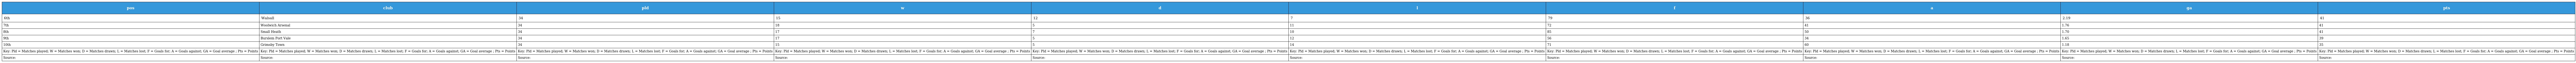
| pos | club | pld | w | d | l | f | a | ga | pts |
 | --- | --- | --- | --- | --- | --- | --- | --- | --- | --- |
 | 6th | Walsall | 34 | 15 | 12 | 7 | 79 | 36 | 2.19 | 41 |
 | 7th | Woolwich Arsenal | 34 | 18 | 5 | 11 | 72 | 41 | 1.76 | 41 |
 | 8th | Small Heath | 34 | 17 | 7 | 10 | 85 | 50 | 1.70 | 41 |
 | 9th | Burslem Port Vale | 34 | 17 | 5 | 12 | 56 | 34 | 1.65 | 39 |
 | 10th | Grimsby Town | 34 | 15 | 5 | 14 | 71 | 60 | 1.18 | 35 |
 | Key: Pld = Matches played; W = Matches won; D = Matches drawn; L = Matches lost; F = Goals for; A = Goals against; GA = Goal average ; Pts = Points | Key: Pld = Matches played; W = Matches won; D = Matches drawn; L = Matches lost; F = Goals for; A = Goals against; GA = Goal average ; Pts = Points | Key: Pld = Matches played; W = Matches won; D = Matches drawn; L = Matches lost; F = Goals for; A = Goals against; GA = Goal average ; Pts = Points | Key: Pld = Matches played; W = Matches won; D = Matches drawn; L = Matches lost; F = Goals for; A = Goals against; GA = Goal average ; Pts = Points | Key: Pld = Matches played; W = Matches won; D = Matches drawn; L = Matches lost; F = Goals for; A = Goals against; GA = Goal average ; Pts = Points | Key: Pld = Matches played; W = Matches won; D = Matches drawn; L = Matches lost; F = Goals for; A = Goals against; GA = Goal average ; Pts = Points | Key: Pld = Matches played; W = Matches won; D = Matches drawn; L = Matches lost; F = Goals for; A = Goals against; GA = Goal average ; Pts = Points | Key: Pld = Matches played; W = Matches won; D = Matches drawn; L = Matches lost; F = Goals for; A = Goals against; GA = Goal average ; Pts = Points | Key: Pld = Matches played; W = Matches won; D = Matches drawn; L = Matches lost; F = Goals for; A = Goals against; GA = Goal average ; Pts = Points | Key: Pld = Matches played; W = Matches won; D = Matches drawn; L = Matches lost; F = Goals for; A = Goals against; GA = Goal average ; Pts = Points |
 | Source: | Source: | Source: | Source: | Source: | Source: | Source: | Source: | Source: | Source: |